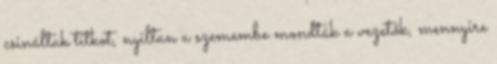
csináltak titkot, nyiltan a szemembe mondták a vezetők, mennyire